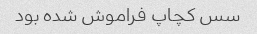
سس کچاپ فراموش شده بود